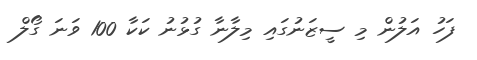
ފަހު އަލުން މި ސީޒަނުގައި މިލާނާ ގުޅުނު ކަކާ 100 ވަނަ ގޯލް